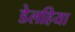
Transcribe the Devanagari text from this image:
डेलहिया